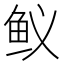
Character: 𲍇